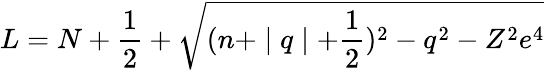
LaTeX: L=N+\frac 12+\sqrt{(n+\mid q\mid+\frac 12)^{2}-q^{2}-Z^{2}e^{4}}